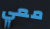
معي